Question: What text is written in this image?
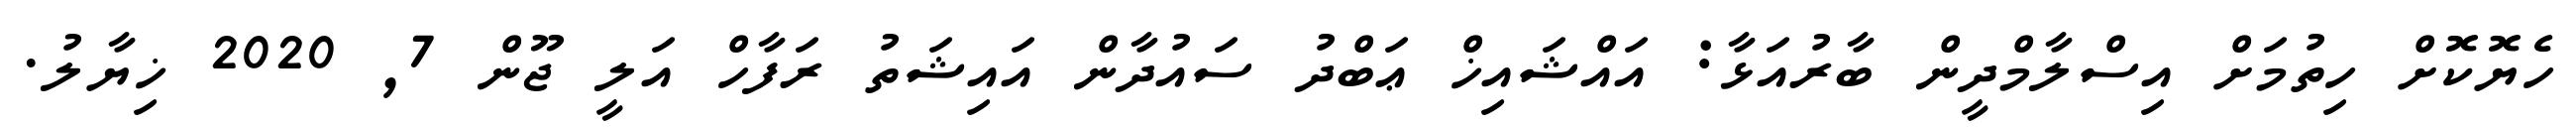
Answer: ހެޔޮކޮށް ހިތުމަށް އިސްލާމްދީން ބާރުއަޅާ: އައްޝައިޚް ޢަބްދު ސައުދާން އައިޝަތު ރަފާހް އަލީ ޖޫން 7, 2020 ޚިޔާލު.